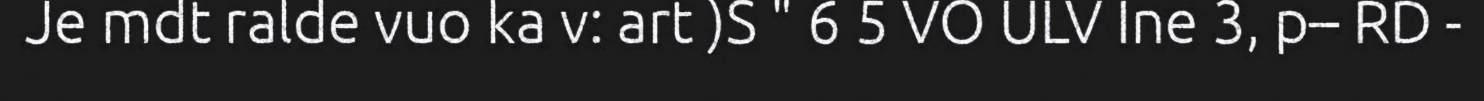
Je mdt ralde vuo ka v: art )S " 6 5 VO ULV Ine 3, p– RD -